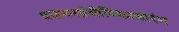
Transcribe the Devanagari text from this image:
प्रजननग्रंथीविकासारंभ